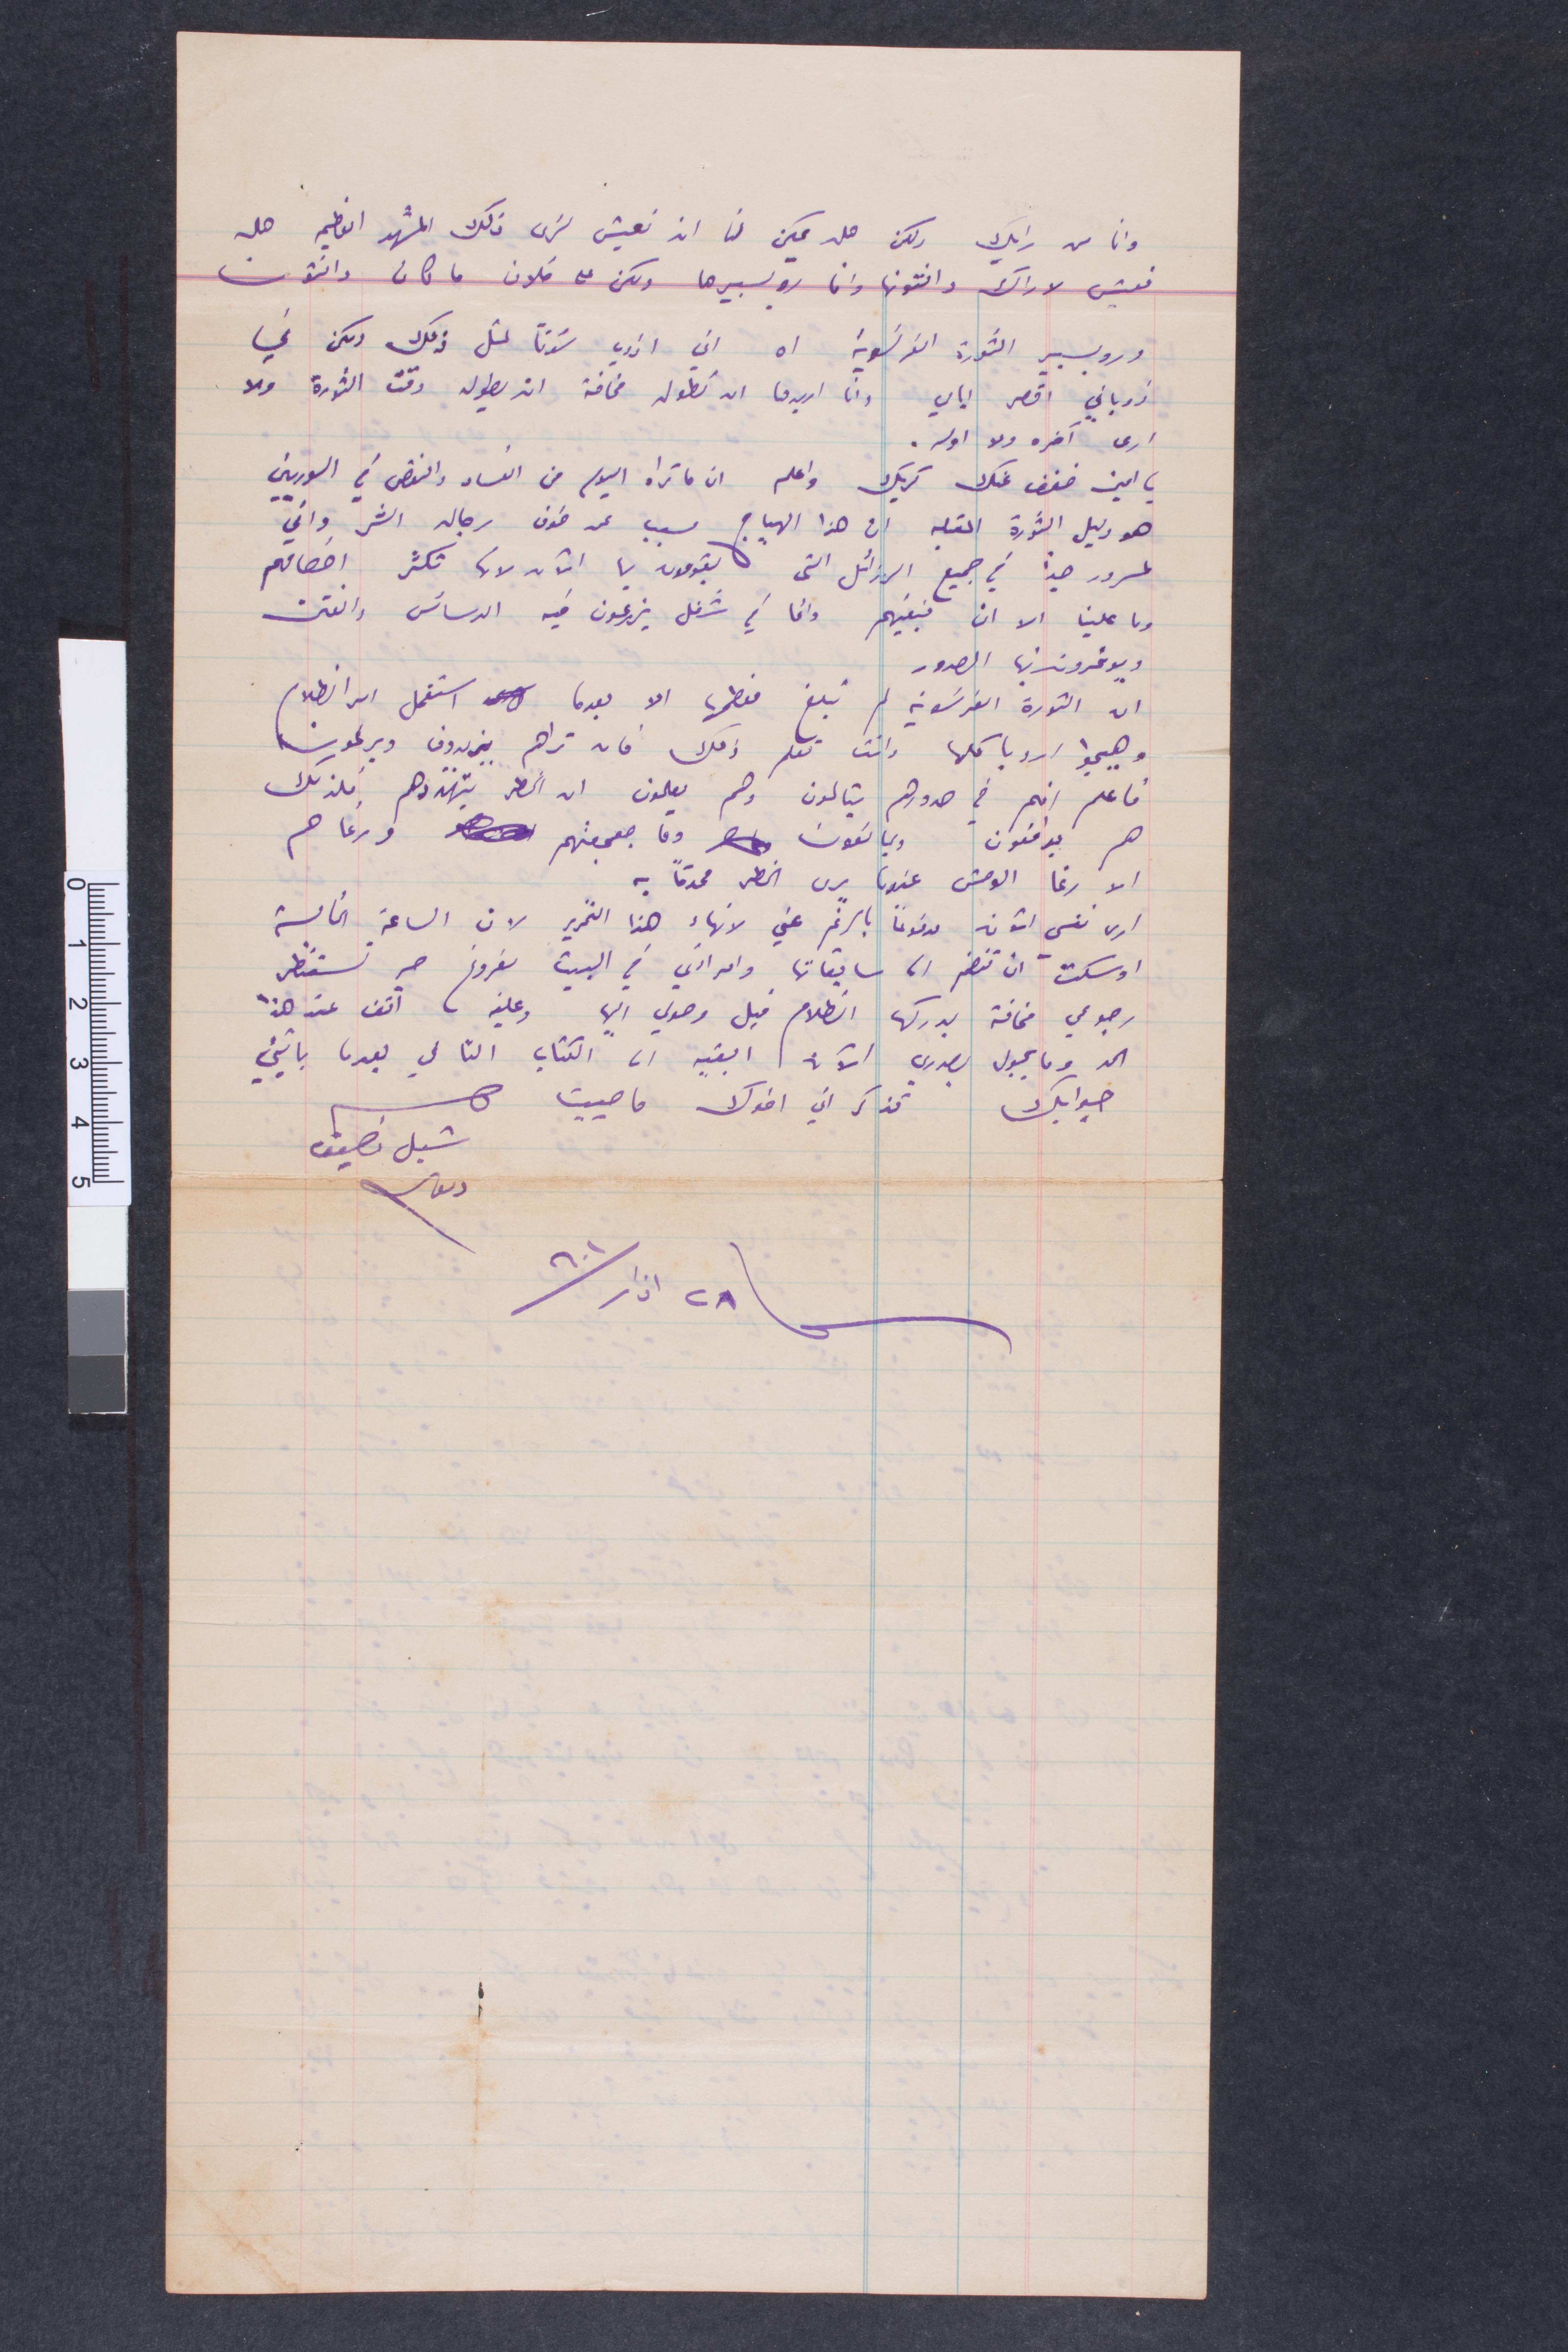
وانا من رايك لكن هل يمكن لنا ان نعيش لنرى ذلك المشهد العظيم هل
نعيش لاراك وانتونها وانا روليبيرها ولكن على فلان ما كان وانتون
وروبسبيير الثورة الفرنسية اه اني اذوي لُدنًا لمل ذلك ولكن في
زوباني اقصل الي وانا اريدها ان تطول مخافة ان... وقت الثورة وهو
أرى آخره ولا اوله.
يا امين خفف عنك كربك واعل ان ما تراه اليوم من الفساد والنقص في السوريين
هو دليل الثورة اتعلم ان هذا الهياج سبب عن خوغ رجال الشر واني
مسرور جدًا في جميع الرزائل التي يقومون بها الآن لانها تكثر اخصامهم
وما علينا الا ان نبقيهم وانما في شغل يزرعون فيه الدسائس والفتن
ويوغرونها في الصدور
ان الثورة الفرنسوية لم تبلغ معظمها الا بعدما استفحل امر الظلام
وهيجوا أوروبا كلها وانت تعلم ذلك فان تراهم يزيدون دير كون
فاعلم انهم في صدورهم يتألمون وهم يعلمون ان الخطر يتهددهم فلذلك
هم يدافعون ويمانعون وما جعجعتهم ورعاعهم
الا رغا الوحش عندما يرى الخطر محدثًا به
أرى نفسي اتون مدفوعًأ بالرغم عني لانهاء هذا التحرير لان الساعة الخامسة
واشكت ان تنضم الى سابقاتها وامراتي في البيت مفروغ هي تستنظر
رجوعي مخافة يدركها الظلام قبل وصولي اليها وعليه انا اقف عند هذا
الحد وما يجول بصدري الآن ابقيه الى الكتاب التالي بعدما ياتيني
جوابك تذكر اني اخوك ماحييت
شبل نصيف
None